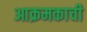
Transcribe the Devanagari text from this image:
आक्रमकाची